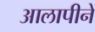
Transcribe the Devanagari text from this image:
आलापीने